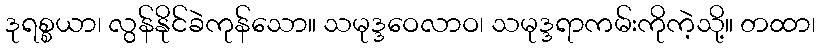
ဒုရစ္စယာ၊ လွန်နိုင်ခဲကုန်သော။ သမုဒ္ဒဝေလာဝ၊ သမုဒ္ဒရာကမ်းကိုကဲ့သို့။ တထာ၊